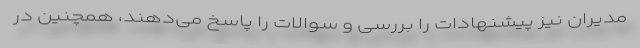
مدیران نیز پیشنهادات را بررسی و سوالات را پاسخ می‌دهند، همچنین در